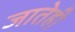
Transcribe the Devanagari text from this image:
जातेही